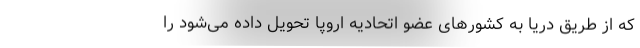
که از طریق دریا به کشورهای عضو اتحادیه اروپا تحویل داده می‌شود را